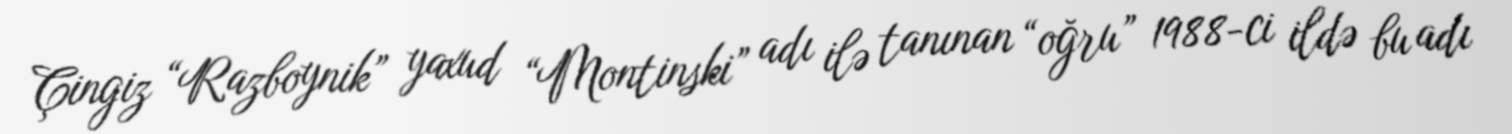
Çingiz “Razboynik” yaxud “Montinski” adı ilə tanınan “oğru” 1988-ci ildə bu adı